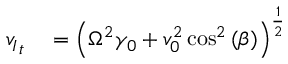
\begin{array} { r l } { { v _ { I } } _ { t } } & { { } = \left( \Omega ^ { 2 } \gamma _ { 0 } + v _ { 0 } ^ { 2 } \cos ^ { 2 } { ( \beta ) } \right) ^ { \frac { 1 } { 2 } } } \end{array}